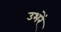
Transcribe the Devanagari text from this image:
उभरें